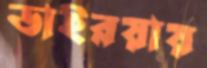
ডাইরয়ায়